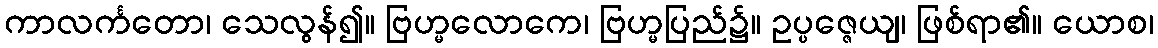
ကာလင်္ကတော၊ သေလွန်၍။ ဗြဟ္မလောကေ၊ ဗြဟ္မပြည်၌။ ဥပ္ပဇ္ဇေယျ၊ ဖြစ်ရာ၏။ ယောစ၊